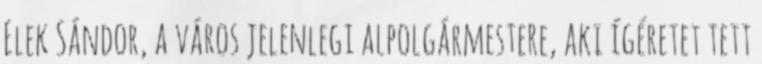
Elek Sándor, a város jelenlegi alpolgármestere, aki ígéretet tett